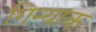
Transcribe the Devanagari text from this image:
गिन्याक